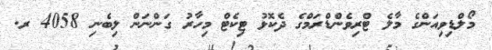
މޯލްޑިވިއަންގެ މާލެ ޓްރިވެންޑްރަމްގެ ދެކޮޅު ޓިކެޓް މިހާރު ގަންނަން ލިބެނި 4058 ރ.